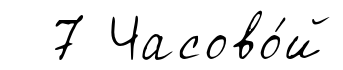
7 Часово́й